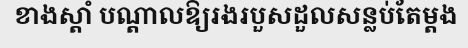
ខាងស្តាំ បណ្តាលឱ្យរងរបួសដួលសន្លប់តែម្តង